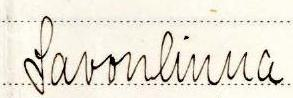
Savonlinna